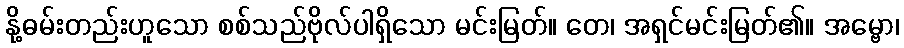
နို့ဓမ်းတည်းဟူသော စစ်သည်ဗိုလ်ပါရှိသော မင်းမြတ်။ တေ၊ အရှင်မင်းမြတ်၏။ အမ္ဗော၊